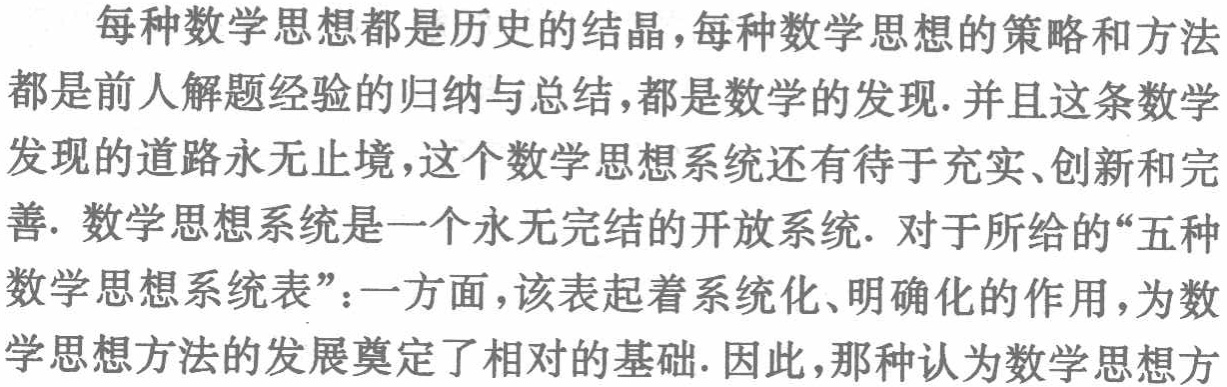
每种数学思想都是历史的结晶，每种数学思想的策略和方法都是前人解题经验的归纳与总结，都是数学的发现. 并且这条数学发现的道路永无止境，这个数学思想系统还有待于充实、创新和完善. 数学思想系统是一个永无完结的开放系统. 对于所给的“五种数学思想系统表”：一方面，该表起着系统化、明确化的作用，为数学思想方法的发展奠定了相对的基础. 因此，那种认为数学思想方